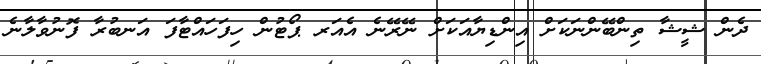
ދެން ޝީޝާ ތިންބޭންނަކަށް އިންޑިޔާއަކަށް ނޭރޭނެ އެއަރ ޕޯޓުން ހިފަހައްޓާފަ އަނބުރާ ފޮނުވާލާނެ